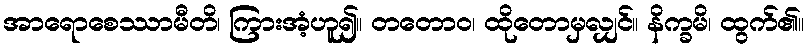
အာရောစေဿာမီတိ၊ ကြားအံ့ဟူ၍။ တတောဝ၊ ထိုတောမှလျှင်။ နိက္ခမိ၊ ထွက်၏။